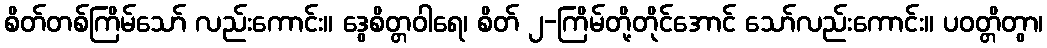
စိတ်တစ်ကြိမ်သော် လည်းကောင်း။ ဒွေစိတ္တဝါရေ၊ စိတ် ၂-ကြိမ်တို့တိုင်အောင် သော်လည်းကောင်း။ ပဝတ္တိတွာ၊